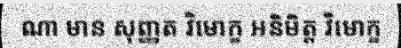
ណា មាន សុញ្ញត វិមោក្ខ អនិមិត្ត វិមោក្ខ